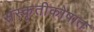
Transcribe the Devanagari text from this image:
संस्कृतीकोषात